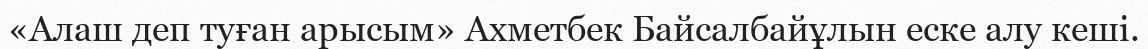
«Алаш деп туған арысым» Ахметбек Байсалбайұлын еске алу кеші.